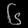
Digit: ၆